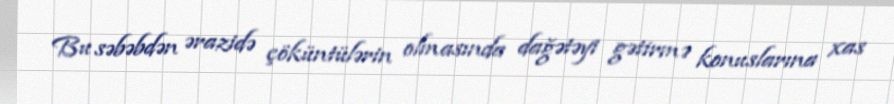
Bu səbəbdən ərazidə çöküntülərin olmasında dağətəyi gətirmə konuslarına xas